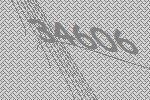
34606